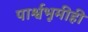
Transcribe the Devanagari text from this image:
पार्श्वभूमीही